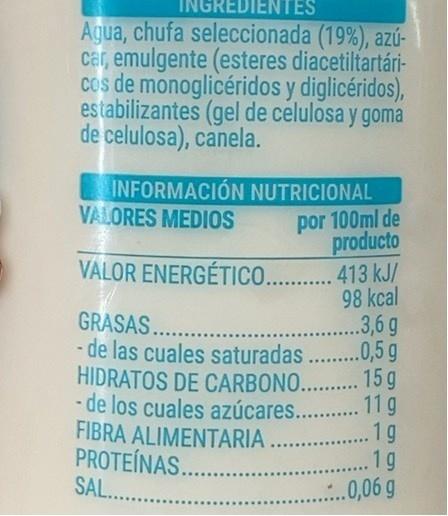
INGR
TES
Agua, chufa seleccionada (19%), azú- car, emulgente (esteres diacetiltartári- cos de monoglicéridos y diglicéridos), estabilizantes (gel de celulosa y goma de celulosa), canela.
INFORMACIÓN NUTRICIONAL VALORES MEDIOS
por 100ml de producto VALOR ENERGÉTIC. . .13 kJ/ 98 kcal .3,6 g - de las cuales saturadas. .0,5g HIDRATOS DE CARBONO. . 15g - de los cuales azúcares. . 11g . . 1g 1g .. 0,06 g
GRASAS. .
FIBRA ALIMENTARIA PROTEÍNAS.. SAL. .